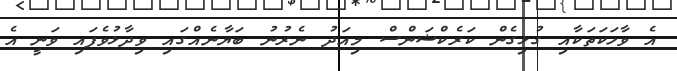
އެ ވާހަކަތަކާއި ގުޅިގެން ކަރެކްޝަންސް މިއަދު ނެރުނު ބަޔާނެއްގައި ވިދާޅުވެފައި ވަނީ އެ